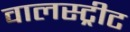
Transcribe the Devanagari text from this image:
वालस्ट्रीट